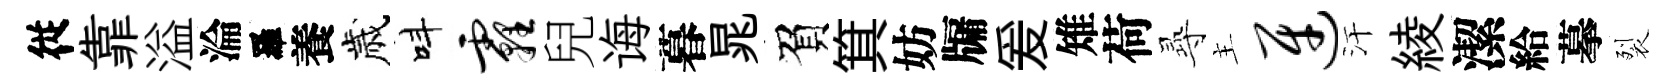
従靠溢淪羅養歲呌霾兒诲暮晁負箕妨牖爰雉荷𡬶主迓汗綾潔給摹裂